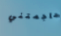
هاجمتني